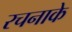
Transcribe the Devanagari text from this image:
रचनाके